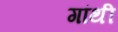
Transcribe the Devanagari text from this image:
गांथी